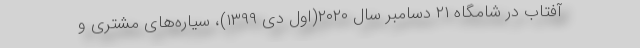
آفتاب در شامگاه ۲۱ دسامبر سال ۲۰۲۰(اول دی ۱۳۹۹)، سیاره‌های مشتری و